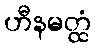
ဟီနမတ္ထံ